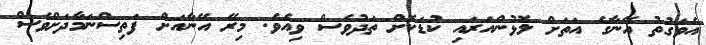
އެވަގުތު އޭނާގެ އަތަށް ލޮޅުންއަރައި ކުޑަކޮށް ތަދުވެސް ވިއެވެ. މިރޭ އޭނާއަށް ފަތިސްނަމާދަށްވެސް